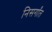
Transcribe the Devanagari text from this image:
निसर्गांत